Annual report on the mental hospital in the Central Provinces and Berar (Nagpur) - 1927-1951
Year: 1927
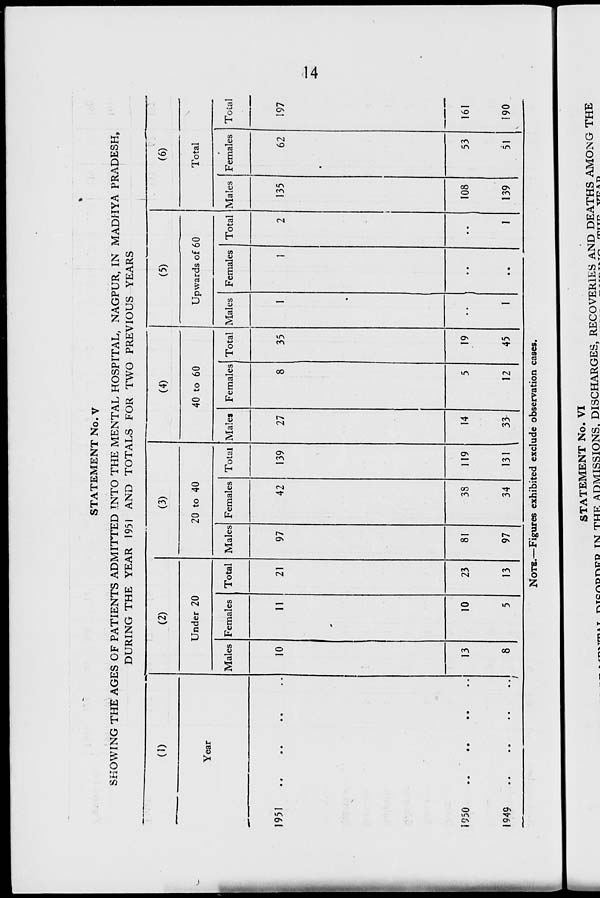
STATEMENT No. V
SHOWING THE AGES OF PATIENTS ADMITTED INTO THE MENTAL HOSPITAL, NAGPUR, IN MADIIYA PRADESH,
DURING THE YEAR 1951 AND TOTALS FOR TWO PREVIOUS YEARS
(1)
(2)
(3)
(4)
(5)
(6)
Year
Under 20
20 to 40
40 to 60
Upwards of 60
Total
Males Females Total Males Females Total Males Females Total Males Females Total Males Females Total
1yj1
• •
«.
• •
10
11
21
97
42
139
27
8
35
1
1
2
135
62
197
/
13
8
10
5
23
13
81
97
38
34
119
131
14
33 i
5
12
19
45
1
••
1
108
139
53
51
161
190
NOTB.—Figures exhibited exclude observation cases.
STATEMENT No. VI
m _
_
„.. ™„»™™ TK THF. ADMISSIONS. DISCHARGES, RECOVERIES AND DEATHS, AMONG THE